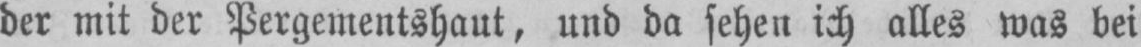
der mit der Pergementshaut, und da sehen ich alles was bei